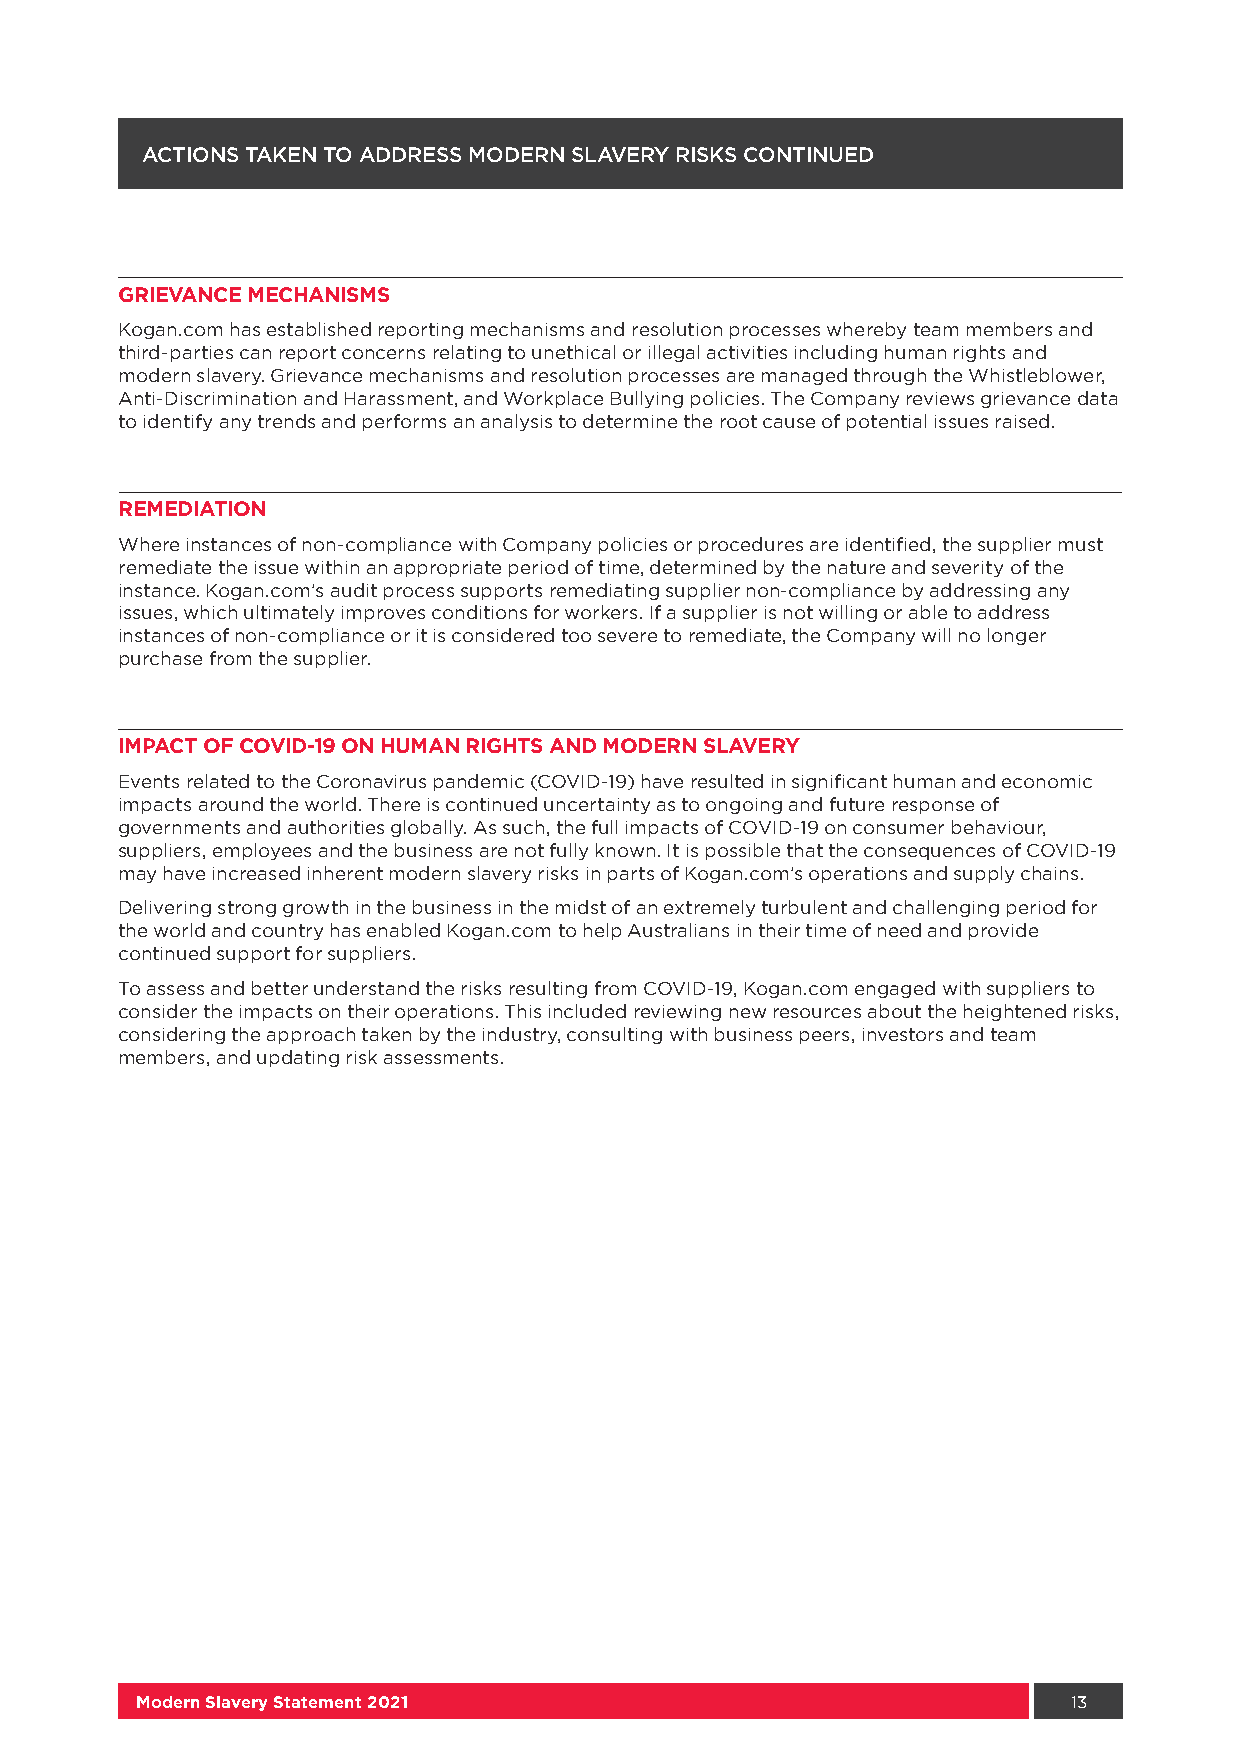
ACTIONS TAKEN TO ADDRESS MODERN SLAVERY RISKS CONTINUED
 GRIEVANCE MECHANISMS
 Kogan.com has established reporting mechanisms and resolution processes whereby team members and
 third-parties can report concerns relating to unethical or illegal activities including human rights and
 modern slavery. Grievance mechanisms and resolution processes are managed through the Whistleblower,
 Anti-Discrimination and Harassment, and Workplace Bullying policies. The Company reviews grievance data
 to identify any trends and performs an analysis to determine the root cause of potential issues raised.
 REMEDIATION
 Where instances of non-compliance with Company policies or procedures are identified, the supplier must
 remediate the issue within an appropriate period of time, determined by the nature and severity of the
 instance. Kogan.com’s audit process supports remediating supplier non-compliance by addressing any
 issues, which ultimately improves conditions for workers. If a supplier is not willing or able to address
 instances of non-compliance or it is considered too severe to remediate, the Company will no longer
 purchase from the supplier.
 IMPACT OF COVID-19 ON HUMAN RIGHTS AND MODERN SLAVERY
 Events related to the Coronavirus pandemic (COVID-19) have resulted in significant human and economic
 impacts around the world. There is continued uncertainty as to ongoing and future response of
 governments and authorities globally. As such, the full impacts of COVID-19 on consumer behaviour,
 suppliers, employees and the business are not fully known. It is possible that the consequences of COVID-19
 may have increased inherent modern slavery risks in parts of Kogan.com’s operations and supply chains.
 Delivering strong growth in the business in the midst of an extremely turbulent and challenging period for
 the world and country has enabled Kogan.com to help Australians in their time of need and provide
 continued support for suppliers.
 To assess and better understand the risks resulting from COVID-19, Kogan.com engaged with suppliers to
 consider the impacts on their operations. This included reviewing new resources about the heightened risks,
 considering the approach taken by the industry, consulting with business peers, investors and team
 members, and updating risk assessments.
 Modern Slavery Statement 2021                                 13